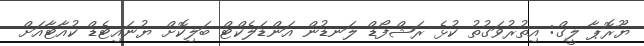
ޔޫރޮޕާ ލީގް: އިތުރުވަގުތު ކުޅެ ރަޝްފޯޑް ލަނޑުން އަންޑަލެކްޓް ބަލިކޮށް ޔުނައިޓެޑް ކުއާޓާއަށް